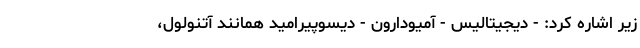
زیر اشاره کرد: - دیجیتالیس - آمیودارون - دیسوپیرامید همانند آتنولول،